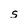
Character: s